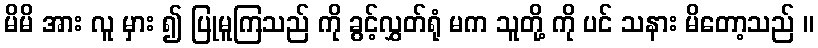
မိမိ အား လူ မှား ၍ ပြုမူကြသည် ကို ခွင့်လွှတ်ရုံ မက သူတို့ ကို ပင် သနား မိတော့သည် ။